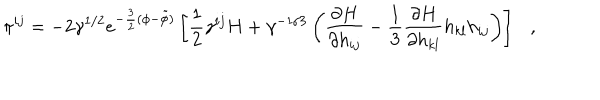
\pi ^ { i j } = - 2 \gamma ^ { 1 / 2 } e ^ { - \frac { 3 } { 2 } ( \phi - \tilde { \phi } ) } \left[ \frac { 1 } { 2 } \gamma ^ { i j } H + \gamma ^ { - 1 / 3 } \left( \frac { \partial H } { \partial h _ { i j } } - \frac { 1 } { 3 } \frac { \partial H } { \partial h _ { k l } } h _ { k l } h _ { i j } \right) \right] ,